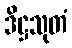
ဒိဋ္ဌသုတံ